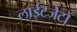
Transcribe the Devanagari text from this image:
लाईटजेटों